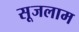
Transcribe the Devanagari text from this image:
सूजलाम